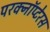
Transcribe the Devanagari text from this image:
परक्नॉप्टेरस